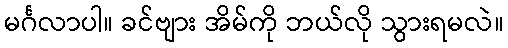
မင်္ဂလာပါ။ ခင်ဗျား အိမ်ကို ဘယ်လို သွားရမလဲ။